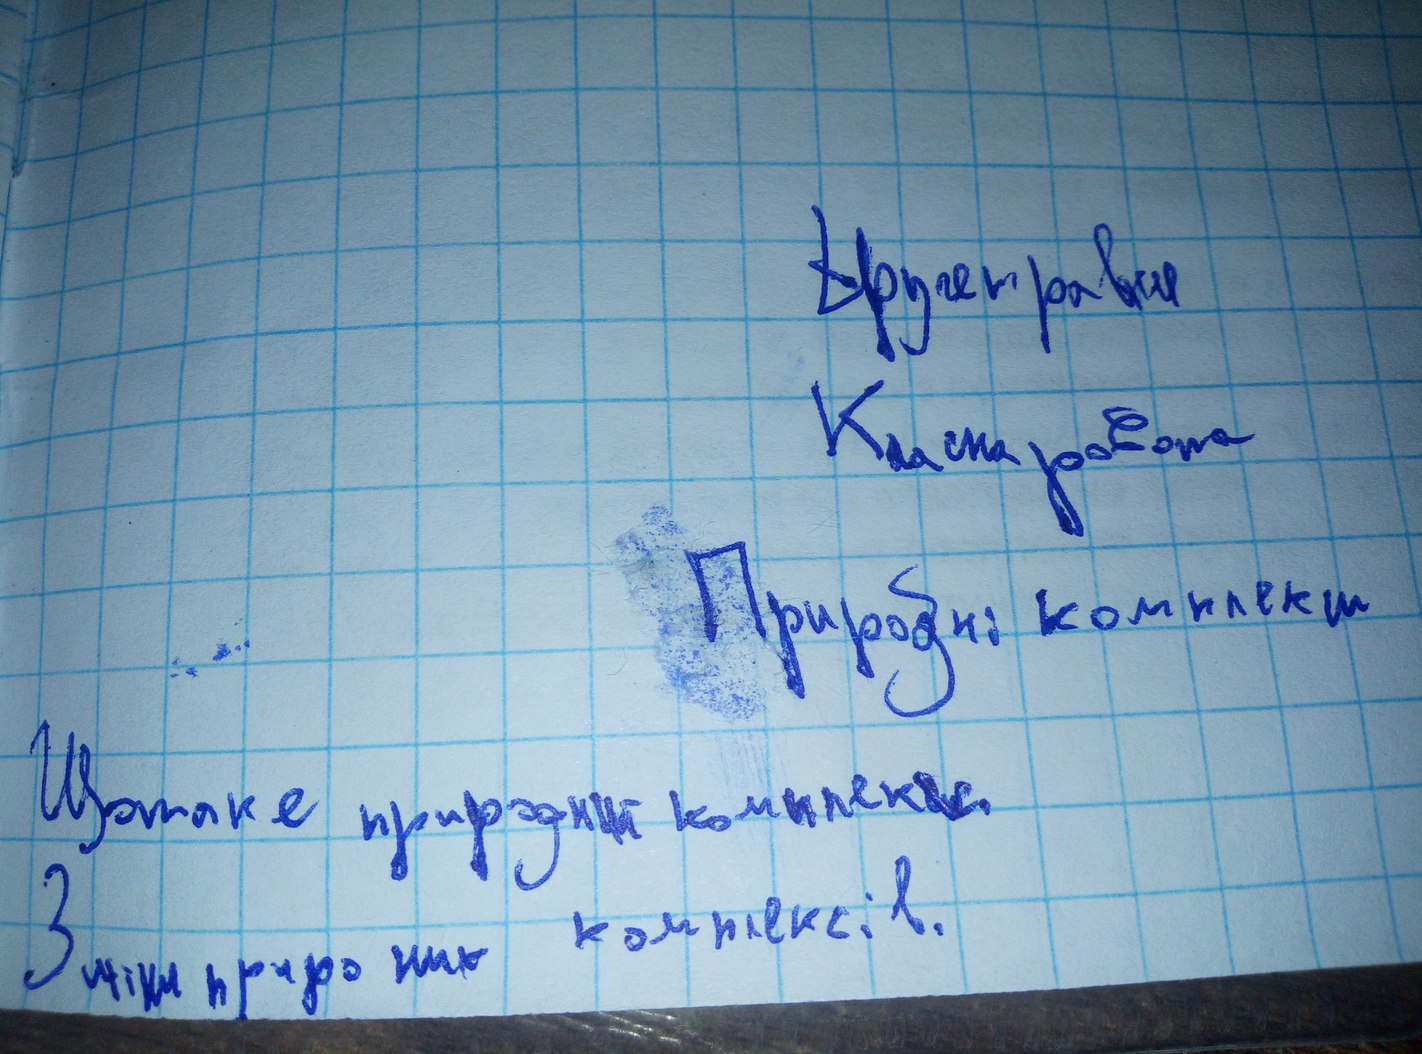
Друге травня
Класна робота
Природні комплекси
Що таке природні комплекси.
Зміни природних комплексів.